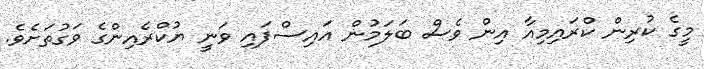
މީީގެ ކުރިން ކްރައިމިއާ އިން ވެސް ބަލަމުން އައިސްފައި ވަނީ ޔުކްރެއިންގެ ވަގުތަށެވެ.